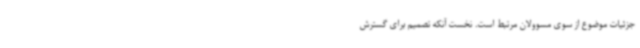
جزئیات موضوع از سوی مسوولان مرتبط است. نخست آنکه تصمیم برای گسترش